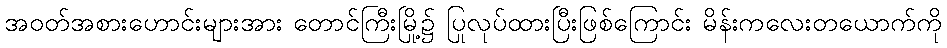
အဝတ်အစားဟောင်းများအား တောင်ကြီးမြို့၌ ပြုလုပ်ထားပြီးဖြစ်ကြောင်း မိန်းကလေးတယောက်ကို